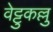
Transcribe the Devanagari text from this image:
वेट्टुकल्लु